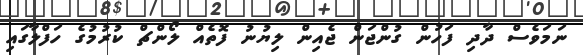
ނަމަވެސް ދާދި ފަހުން ގުންޖަން ޖެއިން ލިޔުނު ފޮތެއް ލޯންޗް ކުރުމުގެ ހަފްލާގައި